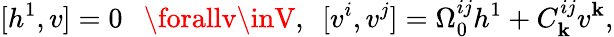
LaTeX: [h^{1},v]=0\ \ \ \forallv\inV,\ \ [v^{i},v^{j}]=\Omega_{0}^{ij}h^{1}+C_{\mathbf{k}}^{ij}v^{\mathbf{k}},